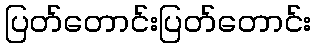
ပြတ်တောင်းပြတ်တောင်း